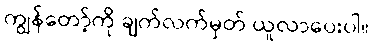
ကျွန်တော့်ကို ချက်လက်မှတ် ယူလာပေးပါ။